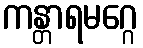
ကန္တာရမဂ္ဂေ